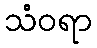
သံဝရာ